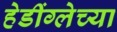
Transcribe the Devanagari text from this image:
हेडींग्लेच्या